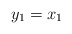
\begin{align*} y_1 = x_1 \end{align*}